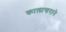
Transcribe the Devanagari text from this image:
कालान्तराने